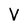
Character: V